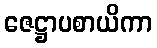
ဇေဋ္ဌာပစာယိကာ